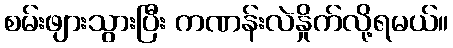
စမ်းဖျားသွားပြီး ကဏန်းလဲနှိုက်လို့ရမယ်။